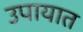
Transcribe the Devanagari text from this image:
उपायात